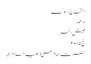
احتجاج، سوگ
ادعوہ
جیش الحر
حج ۲۰۱۵
حضرت امام علی (علیہ السلام)۔